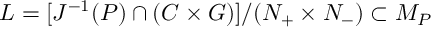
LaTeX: L = [ J ^ { - 1 } ( P ) \cap ( C \times G ) ] / ( N _ { + } \times N _ { - } ) \subset M _ { P }